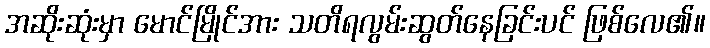
အဆိုးဆုံးမှာ မောင်မြိုင်အား သတိရလွမ်းဆွတ်နေခြင်းပင် ဖြစ်လေ၏။